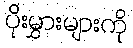
ပိုးမွှားများကို